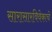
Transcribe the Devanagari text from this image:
सारासारविवेकाचे